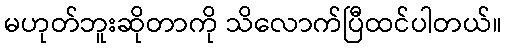
မဟုတ်ဘူးဆိုတာကို သိလောက်ပြီထင်ပါတယ်။